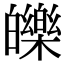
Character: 皪